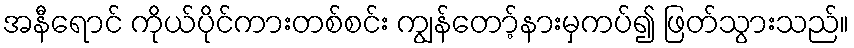
အနီရောင် ကိုယ်ပိုင်ကားတစ်စင်း ကျွန်တော့်နားမှကပ်၍ ဖြတ်သွားသည်။